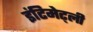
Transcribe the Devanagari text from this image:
इंटिमेट्ली